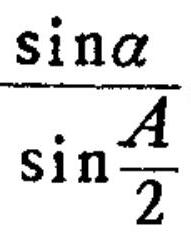
$\dfrac{\sin\alpha}{\sin\frac{A}{2}}$